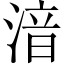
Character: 湆